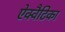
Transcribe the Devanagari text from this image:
ऐक्वैटिका